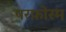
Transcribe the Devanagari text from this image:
परफ़ोरम